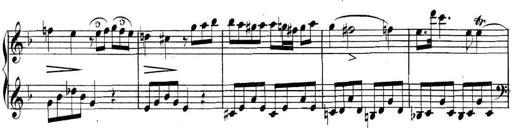
Title: Collected Piano Sonatas
Composer: Muzio Clementi